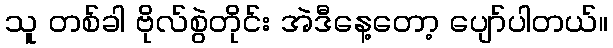
သူ တစ်ခါ ဗိုလ်စွဲတိုင်း အဲဒီနေ့တော့ ပျော်ပါတယ်။